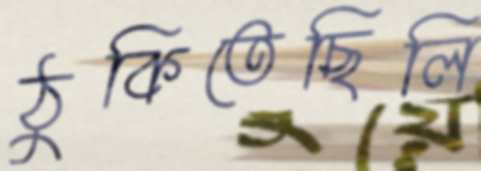
ঠুকিতেছিলি